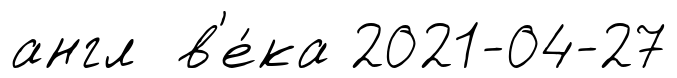
англ в'е́ка 2021-04-27